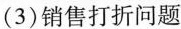
(3)销售打折问题